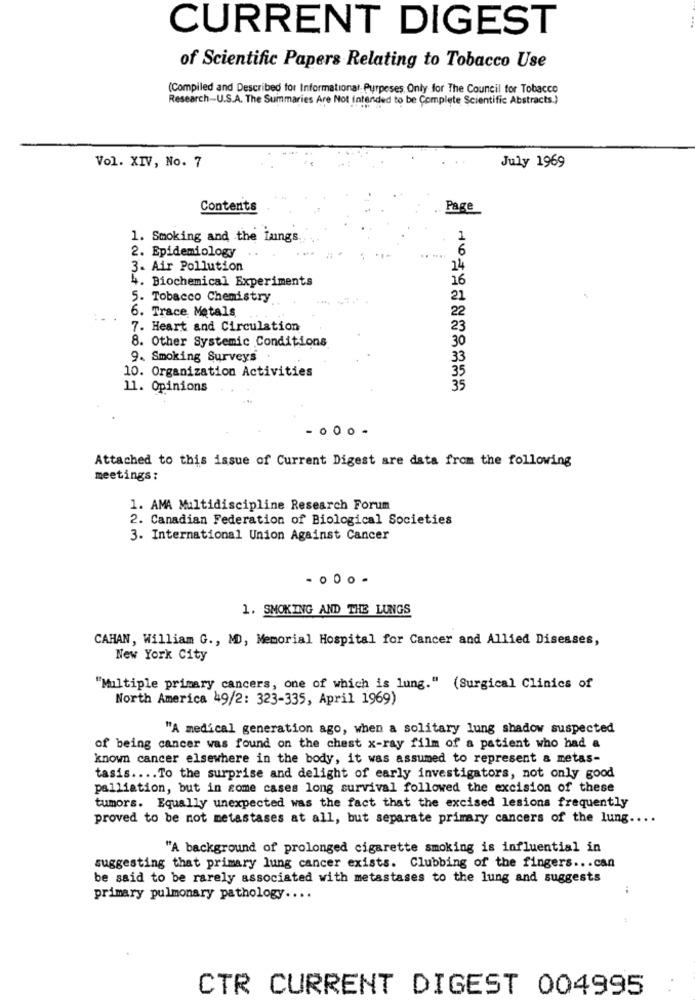
CURRENT DIGEST
of Scientific Papers Relating to Tobacco Use
(Compiled and Described for Informational Purposes, Only for The Council for Tobacco
Research-U.S.A. The Summaries Are Not Intended to be Complete Scientific Abstracts.)
Vol. XIV, No. 7
July 1969
Contents
Page
1. Smoking and the Lungs.
2. Epidemiology
3. Air Pollution
14
4. Biochemical Experiments
16
5. Tobacco Chemistry
6. Trace Metals
22
7. Heart and Circulation
23
30
8. Other Systemic Conditions
9. Smoking Surveys
33
10. Organization Activities
35
11. Opinions
35
- . 00 -
Attached to this issue of Current Digest are data from the following
meetings:
1. AMA Multidiscipline Research Forum
2. Canadian Federation of Biological Societies
3. International Union Against Cancer
1. SMOKING AND THE LUNGS
CAHAN, William G ., MD, Memorial Hospital for Cancer and Allied Diseases,
New York City
"Multiple primary cancers, one of which is lung." (Surgical Clinics of
North America 49/2: 323-335, April 1969)
"A medical generation ago, when a solitary lung shadow suspected
of being cancer was found on the chest x-ray film of a patient who had a
known cancer elsewhere in the body, it was assumed to represent a metas-
tasis .... To the surprise and delight of early investigators, not only good
palliation, but in some cases long survival followed the excision of these
tumors. Equally unexpected was the fact that the excised lesions frequently
proved to be not metastases at all, but separate primary cancers of the lung ....
"A background of prolonged cigarette smoking is influential in
suggesting that primary lung cancer exists. Clubbing of the fingers ... can
be said to be rarely associated with metastases to the lung and suggests
..
primary pulmonary pathology ....
CTR CURRENT DIGEST 004995